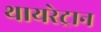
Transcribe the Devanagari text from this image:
थायरेट्रान